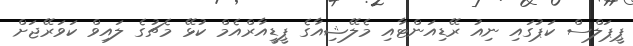
ޕީޕަލްސް ކަޕުގައި ނިއު ރޭޑިއަންޓާއި މެލޭޝިއާގެ ޕީޑީއާރްއެމް ކުޅޭ މެޗުގެ ލައިވް ކަވަރޭޖަށް